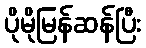
ပိုမိုမြန်ဆန်ပြီး